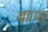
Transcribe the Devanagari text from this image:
था।पर